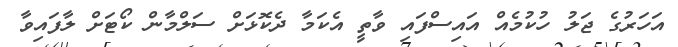
އަހަރުގެ ޖަލު ހުކުމެއް އައިސްފައި ވާތީ އެކަމާ ދެކޮޅަށް ސަލްމާން ކޯޓަށް ލާފައިވާ